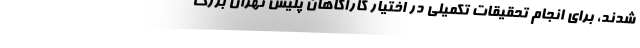
شدند، برای انجام تحقیقات تکمیلی در اختیار کارآگاهان پلیس تهران بزرگ